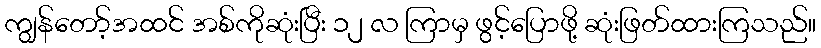
ကျွန်တော့်အထင် အစ်ကိုဆုံးပြီး ၁၂ လ ကြာမှ ဖွင့်ပြောဖို့ ဆုံးဖြတ်ထားကြသည်။